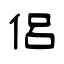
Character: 侶